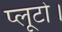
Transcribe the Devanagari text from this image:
प्लूटो।